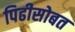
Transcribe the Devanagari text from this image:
पिढीसोबत